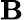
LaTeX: \boldsymbol{\mathbf{B}}